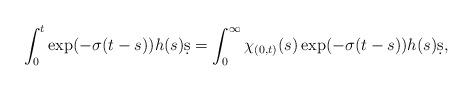
LaTeX: \begin{align*} \int_0^t \exp(-\sigma(t-s)) h(s) \d s = \int_0^\infty \chi_{(0,t)}(s) \exp(-\sigma(t-s)) h(s) \d s,\end{align*}